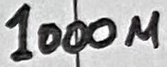
Text: 1000u